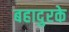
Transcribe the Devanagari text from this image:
बहादुरके